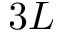
3 L